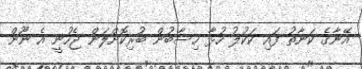
އޭނާގެ ކަނާތު ފައި ކަކުލު ހުޅާ ހިސާބުން ބުރިކޮށްލަން ޖެހުނީ އެ ނޫން